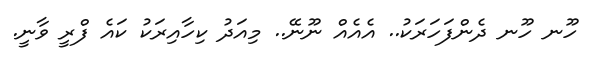
ހޫނ ހޫނ ދެންފަހަރަކު.. އެއެއް ނޫނޭ.. މިއަދު ކިހާއިރަކު ކައެ ފްރީ ވާނީ.